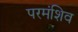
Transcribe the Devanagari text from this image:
परमंशिव